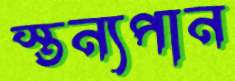
স্তন্যপান